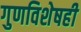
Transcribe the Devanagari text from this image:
गुणविशेषही